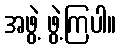
အဖွဲ့ ဖွဲ့ကြပါ။